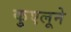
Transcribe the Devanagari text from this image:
कुएलूने